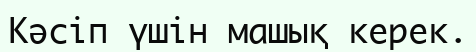
Кәсіп үшін машық керек.